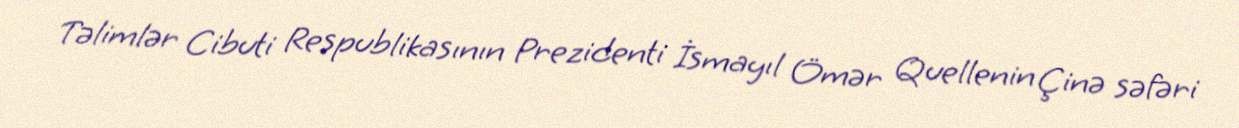
Təlimlər Cibuti Respublikasının Prezidenti İsmayıl Ömər Quellenin Çinə səfəri